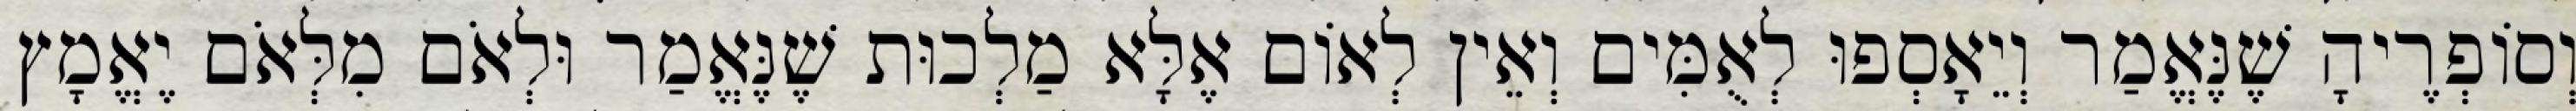
וְסוֹפְרֶיהָ שֶׁנֶּאֱמַר וְיֵאָסְפוּ לְאֻמִּים וְאֵין לְאוֹם אֶלָּא מַלְכוּת שֶׁנֶּאֱמַר וּלְאֹם מִלְּאֹם יֶאֱמָץ